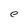
Character: e